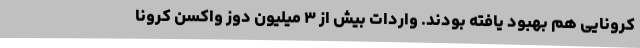
کرونایی هم بهبود یافته بودند. واردات بیش از ۳ میلیون دوز واکسن کرونا